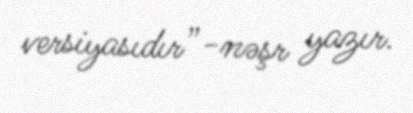
versiyasıdır”-nəşr yazır.